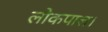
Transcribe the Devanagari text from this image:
लोकपाल।